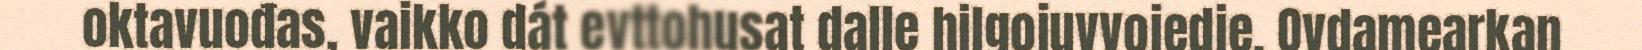
oktavuođas, vaikko dát evttohusat dalle hilgojuvvojedje. Ovdamearkan